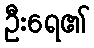
ဦးရေ၏